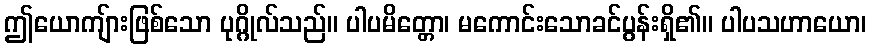
ဤယောကျ်ားဖြစ်သော ပုဂ္ဂိုလ်သည်။ ပါပမိတ္တော၊ မကောင်းသောခင်ပွန်းရှိ၏။ ပါပသဟာယော၊